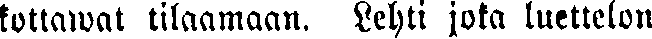
kottawat tilaamaan. Lehti jota luettelon